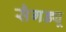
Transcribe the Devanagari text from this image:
सैगड्यू